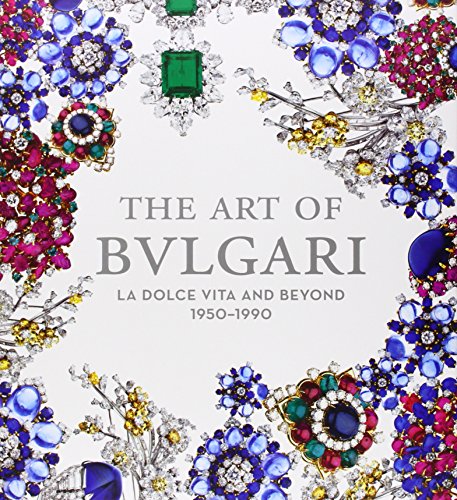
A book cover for The Art of Bulgari: La Dolce Vita and Beyond; Martin Chapman; Crafts, Hobbies & Home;